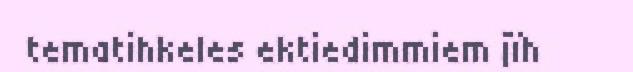
tematihkeles ektiedimmiem jïh